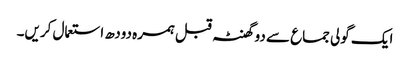
ایک گولی جماع سے دو گھنٹہ قبل ہمرہ دودھ استعمال کریں۔